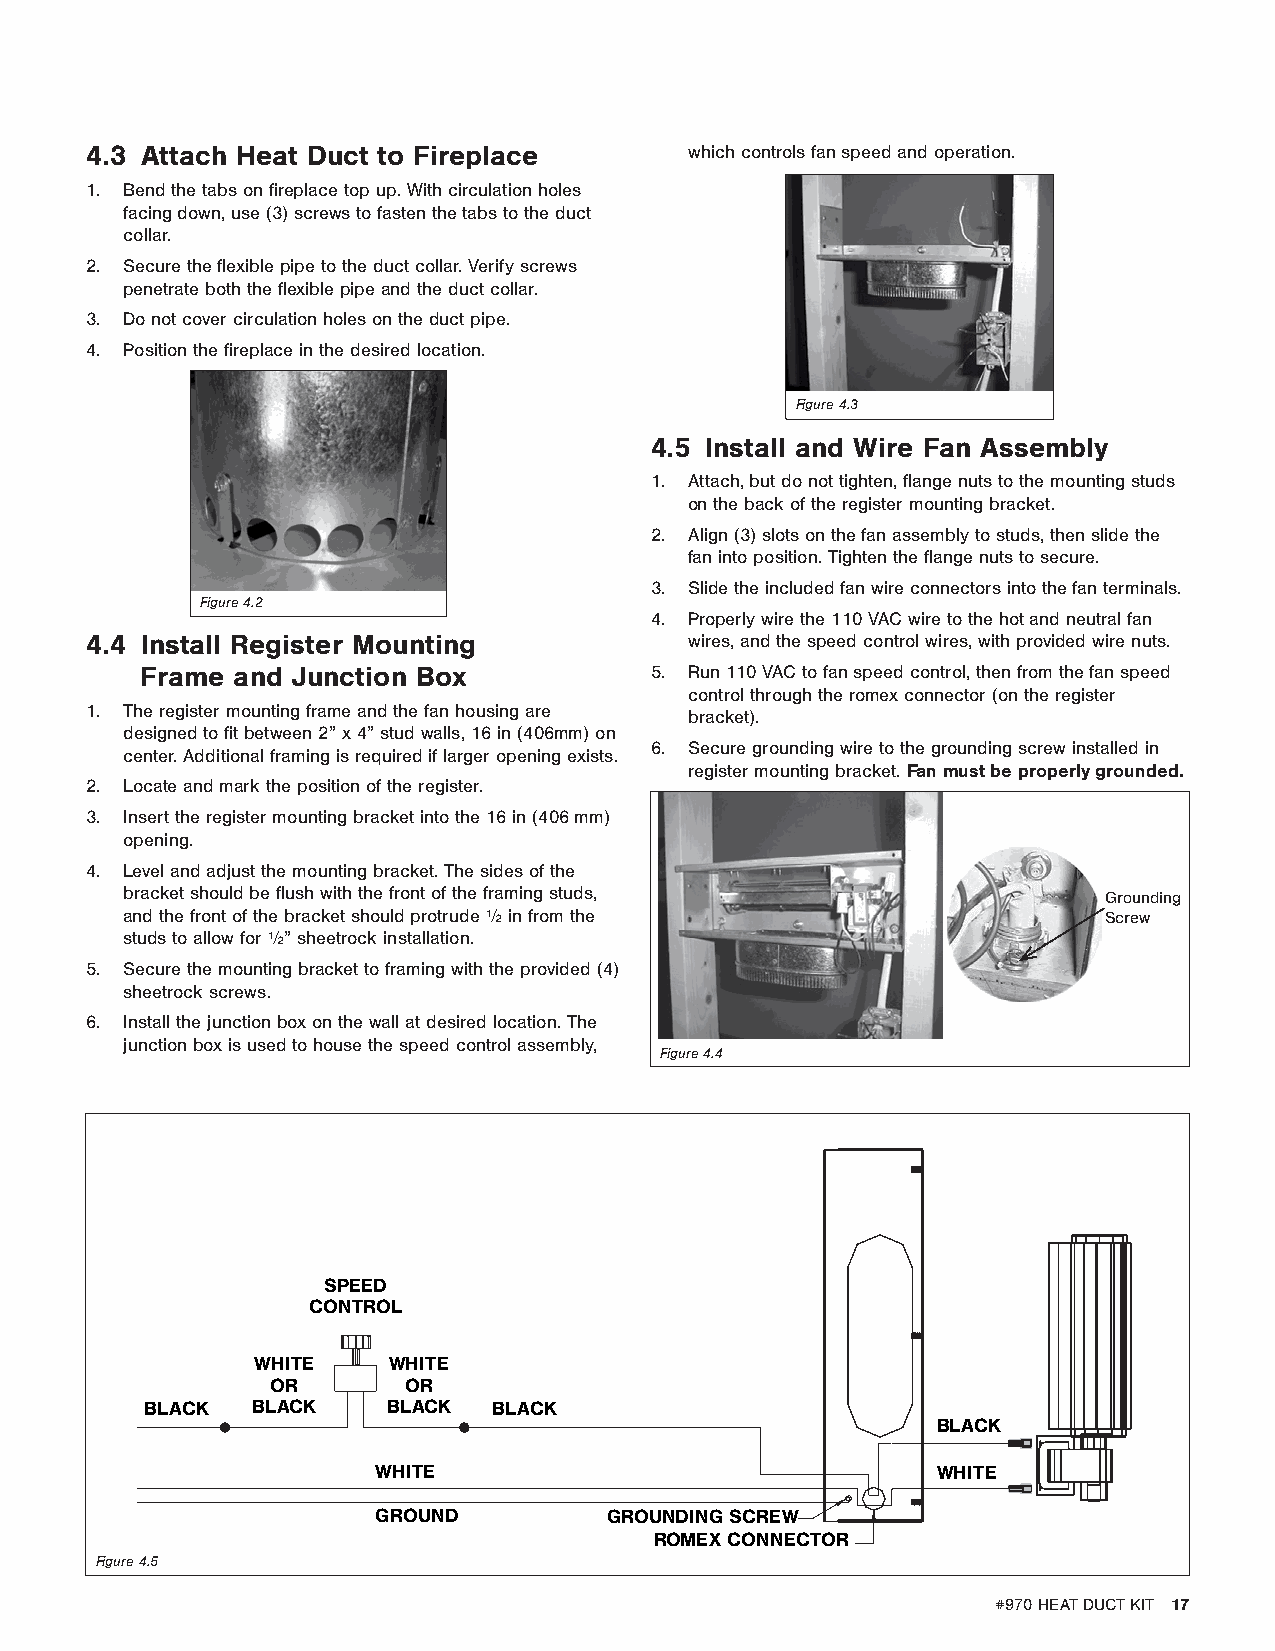
4.3 Attach Heat Duct to Fireplace       which controls fan speed and operation.
 1. Bend the tabs on fireplace top up. With circulation holes
 facing down, use (3) screws to fasten the tabs to the duct
 collar.
 2. Secure the flexible pipe to the duct collar. Verify screws
 penetrate both the flexible pipe and the duct collar.
 3. Do not cover circulation holes on the duct pipe.
 4. Position the fireplace in the desired location.
 Figure 4.3
 4.5 Install and Wire Fan Assembly
 1. Attach, but do not tighten, flange nuts to the mounting studs
 on the back of the register mounting bracket.
 2. Align (3) slots on the fan assembly to studs, then slide the
 fan into position. Tighten the flange nuts to secure.
 3. Slide the included fan wire connectors into the fan terminals.
 Figure 4.2
 4. Properly wire the 110 VAC wire to the hot and neutral fan
 4.4 Install Register Mounting           wires, and the speed control wires, with provided wire nuts.
 Frame and Junction Box            5. Run 110 VAC to fan speed control, then from the fan speed
 control through the romex connector (on the register
 1. The register mounting frame and the fan housing are
 bracket).
 designed to fit between 2” x 4” stud walls, 16 in (406mm) on
 6. Secure grounding wire to the grounding screw installed in
 center. Additional framing is required if larger opening exists.
 register mounting bracket. Fan must be properly grounded.
 2. Locate and mark the position of the register.
 3. Insert the register mounting bracket into the 16 in (406 mm)
 opening.
 4. Level and adjust the mounting bracket. The sides of the
 bracket should be flush with the front of the framing studs,     Grounding
 and the front of the bracket should protrude ½ in from the       Screw
 studs to allow for ½” sheetrock installation.
 5. Secure the mounting bracket to framing with the provided (4)
 sheetrock screws.
 6. Install the junction box on the wall at desired location. The
 junction box is used to house the speed control assembly,
 Figure 4.4
 SPEED
 CONTROL
 WHITE    WHITE
 OR       OR
 BLACK  BLACK    BLACK  BLACK
 BLACK
 WHITE                                WHITE
 GROUND         GROUNDING SCREW
 ROMEX CONNECTOR
 Figure 4.5
 #970 HEAT DUCT KIT 17